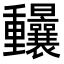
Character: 𨤼